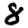
Digit: 8